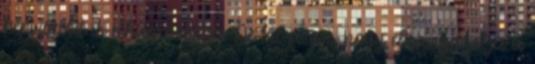
képviselőit is elkápráztatja. De túl azon, hogy elhanyagolja a